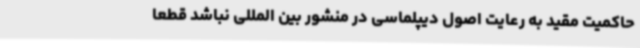
حاکمیت مقید به رعایت اصول دیپلماسی در منشور بین المللی نباشد قطعا